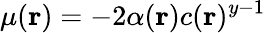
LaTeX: \mu(\textbf{r})=-2\alpha(\textbf{r})c(\textbf{r})^{y-1}